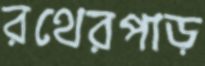
রথেরপাড়